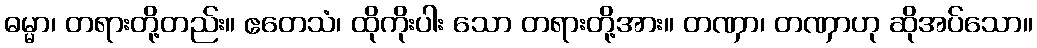
ဓမ္မာ၊ တရားတို့တည်း။ ဧတေသံ၊ ထိုကိုးပါး သော တရားတို့အား။ တဏှာ၊ တဏှာဟု ဆိုအပ်သော။